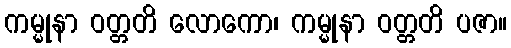
ကမ္မုနာ ဝတ္တတိ လောကော၊ ကမ္မုနာ ဝတ္တတိ ပဇာ။